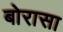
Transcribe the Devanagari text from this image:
बोरासा